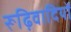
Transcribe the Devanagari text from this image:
रूढ़िवादियों